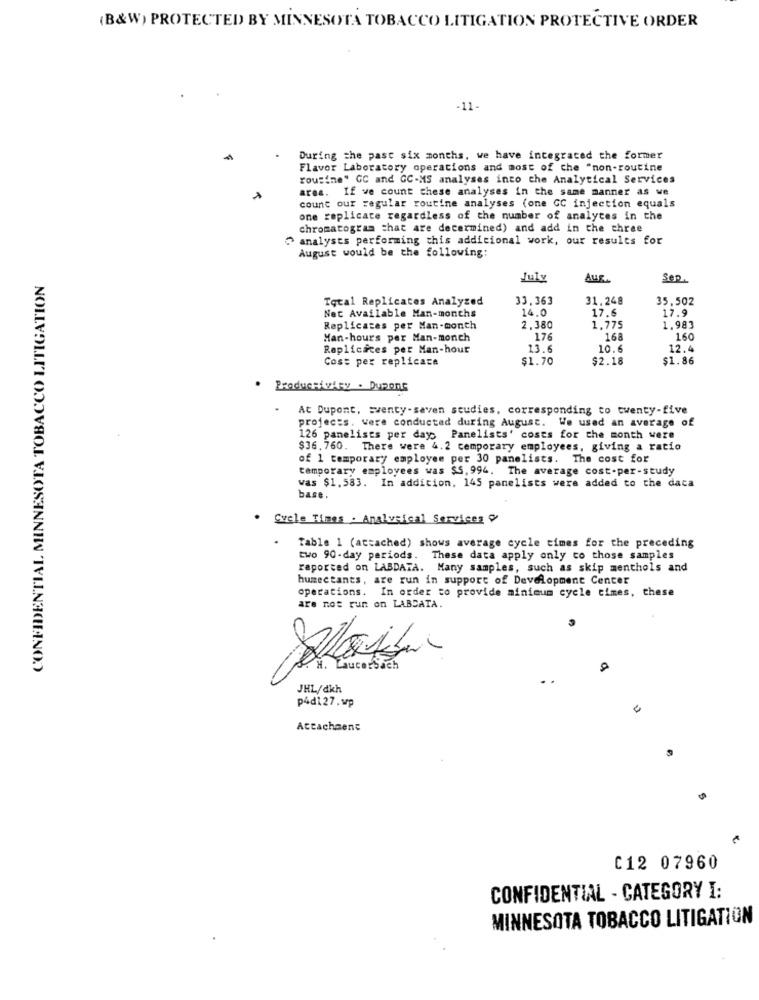
(B&W) PROTECTED BY MINNESOTA TOBACCO LITIGATION PROTECTIVE ORDER
-11-
During the past six months, we have integrated the former
Flavor Laboratory operations and most of the "non-routine
rousime" GC and GC-MS analyses into the Analytical Services
ares.
If ve count these analyses in the same manner as we
count our regular routine analyses (one GC injection equals
one replicate regardless of the number of analytes in the
chromatogram that are determined) and add in the three
analysts performing this addicional work, our results for
August would be the following:
CONFIDENTIAL MINNESOTA TOBACCO LITIGATION
July
AUR
Sep.
Total Replicates Analyzed
33,363
31.248
35,502
Not Available Man-months
14.0
17.6
17.9
Replicates per Man-month
2,380
1.775
1.983
Man-hours per Man-monch
176
168
160
Replicaces per Man-hour
13.6
10.6
12.4
Cost per replicare
$1.70
$2.18
$1.86
. Productivity . Dupont
At Dupont, sventy-saven studies, corresponding to twenty-five
projects. were conducted during August. We used an average of
126 panelists per day: Panelists' costs for the month were
$36.760. There were 4.2 temporary employees, giving a ratio
of 1 temporary employee per 30 panelists. The cost for
temporary employees was $5,994. The average cost-per-study
was $1,583. In addition, 145 panelists were added to the daca
base.
. Svele Times . Analysical Services
Table 1 (attached) shows average cycle times for the preceding
two 90-day periods. These data apply only to those samples
reported on LABDATA. Many samples, such as skip menthols and
humectants, are run in support of Development Center
operations. In order to provide minimum cycle times, these
are not run on LABCATA.
&. w. LucerSach
JHL/dkh
p4d127.wp
Attachment
C12 07960
CONFIDENTIAL - CATEGORY I:
MINNESOTA TOBACCO LITIGATION